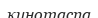
кинотаспа